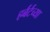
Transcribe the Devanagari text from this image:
हर्बर्टच्या